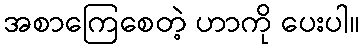
အစာကြေစေတဲ့ ဟာကို ပေးပါ။